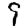
Digit: 9